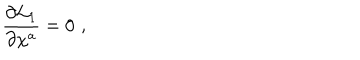
{ \frac { \partial { \cal L } _ { 1 } } { \partial \chi ^ { a } } } = 0 \, \, ,